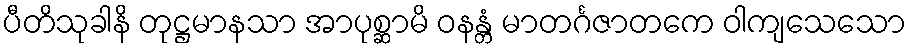
ပီတိသုခါနိ တုဋ္ဌမာနသာ အာပုစ္ဆာမိ ဝနန္တံ မာတင်္ဂဇာတကေ ဝါကျသေသော